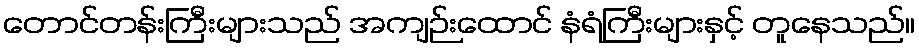
တောင်တန်းကြီးများသည် အကျဉ်းထောင် နံရံကြီးများနှင့် တူနေသည်။